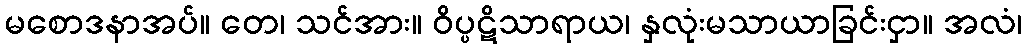
မစောဒနာအပ်။ တေ၊ သင်အား။ ဝိပ္ပဋိသာရာယ၊ နှလုံးမသာယာခြင်းငှာ။ အလံ၊